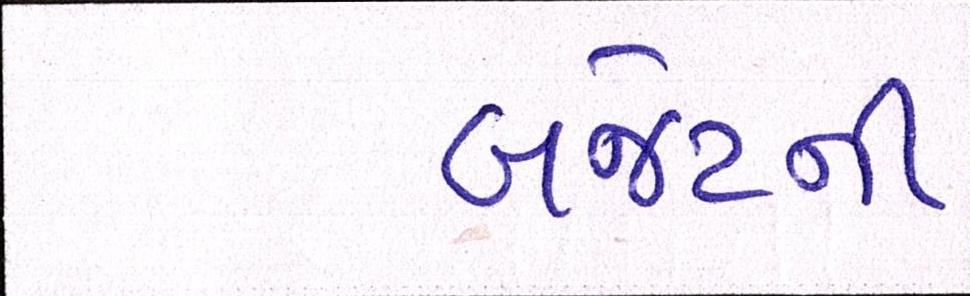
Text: બજેટની